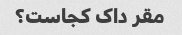
مقر داک کجاست؟